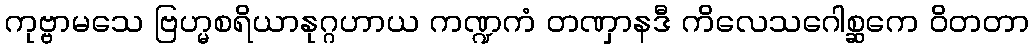
ကုဗ္ဗာမသေ ဗြဟ္မစရိယာနုဂ္ဂဟာယ ကဏ္ဍကံ တဏှာနဒီ ကိလေသဂေါစ္ဆကေ ဝိတတာ